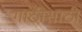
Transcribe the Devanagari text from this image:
गाठीसाठी